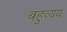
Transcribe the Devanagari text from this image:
बहुव्यय